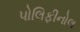
પોલિફીનોલ